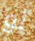
لو